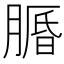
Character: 𦟕